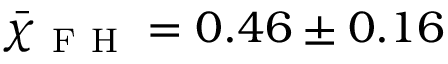
\bar { \chi } _ { \mathrm { ~ F ~ H ~ } } = 0 . 4 6 \pm 0 . 1 6